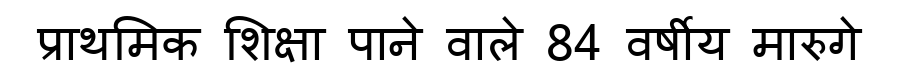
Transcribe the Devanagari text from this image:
प्राथमिक शिक्षा पाने वाले 84 वर्षीय मारुगे